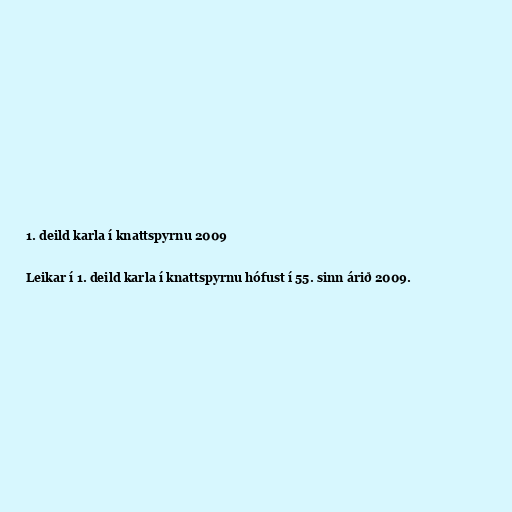
1. deild karla í knattspyrnu 2009

Leikar í 1. deild karla í knattspyrnu hófust í 55. sinn árið 2009.